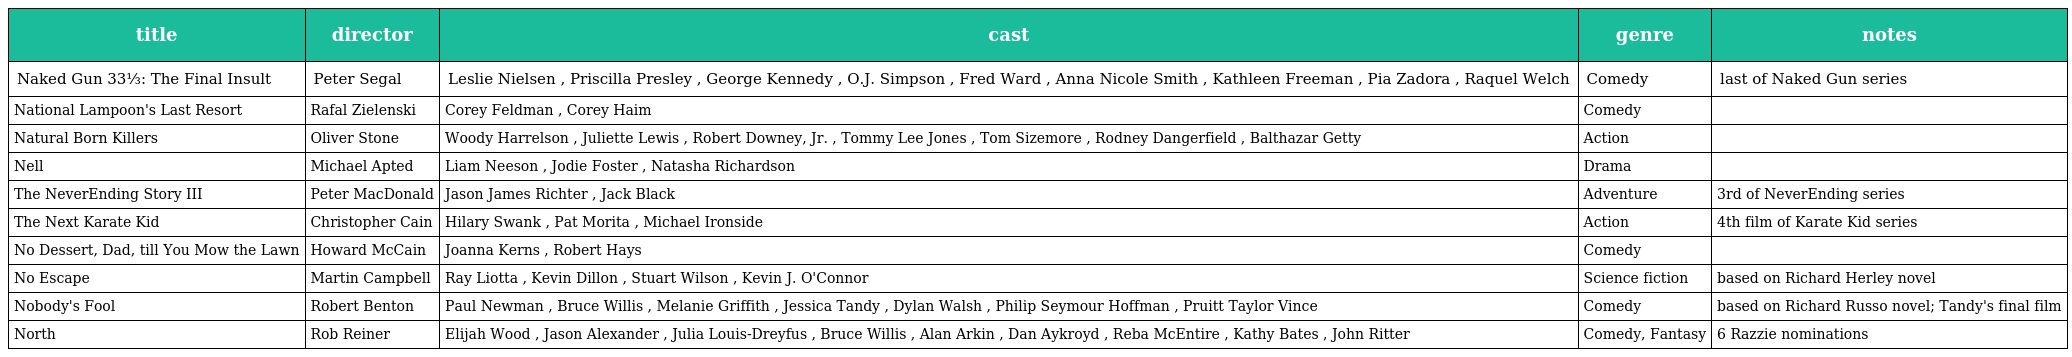
| title | director | cast | genre | notes |
 | --- | --- | --- | --- | --- |
 | Naked Gun 33⅓: The Final Insult | Peter Segal | Leslie Nielsen , Priscilla Presley , George Kennedy , O.J. Simpson , Fred Ward , Anna Nicole Smith , Kathleen Freeman , Pia Zadora , Raquel Welch | Comedy | last of Naked Gun series |
 | National Lampoon's Last Resort | Rafal Zielenski | Corey Feldman , Corey Haim | Comedy |  |
 | Natural Born Killers | Oliver Stone | Woody Harrelson , Juliette Lewis , Robert Downey, Jr. , Tommy Lee Jones , Tom Sizemore , Rodney Dangerfield , Balthazar Getty | Action |  |
 | Nell | Michael Apted | Liam Neeson , Jodie Foster , Natasha Richardson | Drama |  |
 | The NeverEnding Story III | Peter MacDonald | Jason James Richter , Jack Black | Adventure | 3rd of NeverEnding series |
 | The Next Karate Kid | Christopher Cain | Hilary Swank , Pat Morita , Michael Ironside | Action | 4th film of Karate Kid series |
 | No Dessert, Dad, till You Mow the Lawn | Howard McCain | Joanna Kerns , Robert Hays | Comedy |  |
 | No Escape | Martin Campbell | Ray Liotta , Kevin Dillon , Stuart Wilson , Kevin J. O'Connor | Science fiction | based on Richard Herley novel |
 | Nobody's Fool | Robert Benton | Paul Newman , Bruce Willis , Melanie Griffith , Jessica Tandy , Dylan Walsh , Philip Seymour Hoffman , Pruitt Taylor Vince | Comedy | based on Richard Russo novel; Tandy's final film |
 | North | Rob Reiner | Elijah Wood , Jason Alexander , Julia Louis-Dreyfus , Bruce Willis , Alan Arkin , Dan Aykroyd , Reba McEntire , Kathy Bates , John Ritter | Comedy, Fantasy | 6 Razzie nominations |